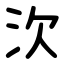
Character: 㳄